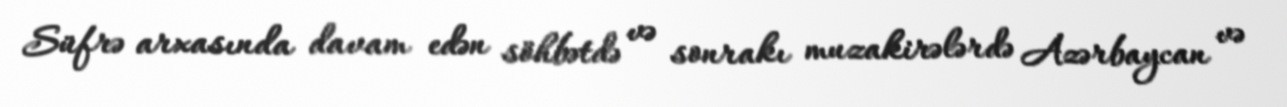
Süfrə arxasında davam edən söhbətdə və sonrakı muzakirələrdə Azərbaycan və